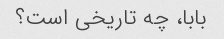
بابا، چه تاریخی است؟